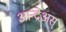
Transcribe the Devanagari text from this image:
आन्द्रेअस्